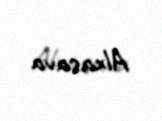
Alxasava